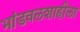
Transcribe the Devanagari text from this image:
भांडवलशाहीला